Scottish Leaving Certificate Examination, 1954
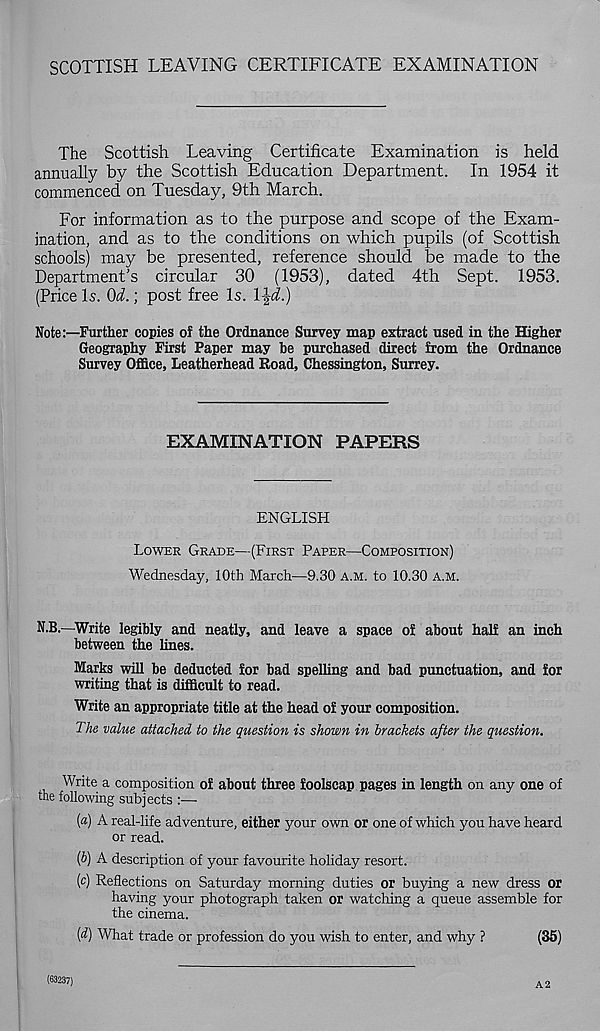
SCOTTISH LEAVING CERTIFICATE EXAMINATION
The Scottish Leaving Certificate Examination is held
annually by the Scottish Education Department. In 1954 it
commenced on Tuesday, 9th March.
For information as to the purpose and scope of the Exam-
ination, and as to the conditions on which pupils (of Scottish
schools) may be presented, reference should be made to the
Department’s circular 30 (1953), dated 4th Sept. 1953.
(Price Is. Qd.; post free Is. l\d.)
Note:—Further copies of the Ordnance Survey map extract used in the Higher
Geography First Paper may be purchased direct from the Ordnance
Survey Office, Leatherhead Road, Chessington, Surrey.
EXAMINATION PAPERS
ENGLISH
LOWER GRADE—(FIRST PAPER—COMPOSITION)
Wednesday, 10th March—9.30 A.M. to 10.30 A.M.
N.B.—Write legibly and neatly, and leave a space of about half an inch
between the lines.
Marks will be deducted for bad spelling and bad punctuation, and for
writing that is difficult to read.
Write an appropriate title at the head of your composition.
The value attached to the question is shown in brackets after the question.
Write a composition of about three foolscap pages in length on any one of
the following subjects :—•
(a) A real-life adventure, either your own or one of which you have heard
or read.
[b) A description of your favourite holiday resort.
(c) Reflections on Saturday morning duties or buying a new dress or
having your photograph taken or watching a queue assemble for
the cinema.
[d) What trade or profession do you wish to enter, and why ?
(36)
(63237)
A2